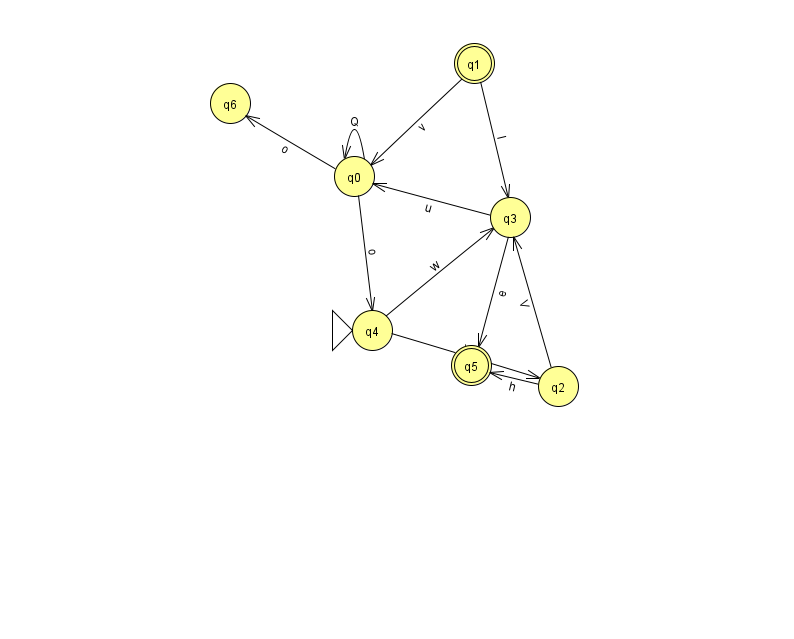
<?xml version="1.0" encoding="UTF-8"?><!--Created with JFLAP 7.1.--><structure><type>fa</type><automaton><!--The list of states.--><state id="0" name="q0"><x>354.0</x><y>163.0</y></state><state id="1" name="q1"><x>474.0</x><y>50.0</y><final/></state><state id="2" name="q2"><x>558.0</x><y>373.0</y></state><state id="3" name="q3"><x>510.0</x><y>204.0</y></state><state id="4" name="q4"><x>372.0</x><y>317.0</y><initial/></state><state id="5" name="q5"><x>471.0</x><y>352.0</y><final/></state><state id="6" name="q6"><x>230.0</x><y>90.0</y></state><!--The list of transitions.--><transition><from>0</from><to>0</to><read>Q</read></transition><transition><from>2</from><to>5</to><read>h</read></transition><transition><from>3</from><to>0</to><read>u</read></transition><transition><from>1</from><to>0</to><read>v</read></transition><transition><from>0</from><to>4</to><read>o</read></transition><transition><from>2</from><to>3</to><read>V</read></transition><transition><from>0</from><to>6</to><read>o</read></transition><transition><from>4</from><to>2</to><read>v</read></transition><transition><from>4</from><to>3</to><read>w</read></transition><transition><from>1</from><to>3</to><read>I</read></transition><transition><from>3</from><to>5</to><read>e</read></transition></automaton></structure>